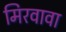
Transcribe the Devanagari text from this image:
मिरवावा